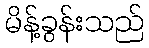
မိန့်ခွန်းသည်